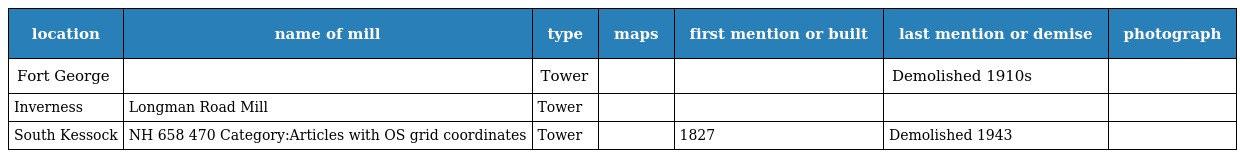
| location | name of mill | type | maps | first mention or built | last mention or demise | photograph |
 | --- | --- | --- | --- | --- | --- | --- |
 | Fort George |  | Tower |  |  | Demolished 1910s |  |
 | Inverness | Longman Road Mill | Tower |  |  |  |  |
 | South Kessock | NH 658 470 Category:Articles with OS grid coordinates | Tower |  | 1827 | Demolished 1943 |  |